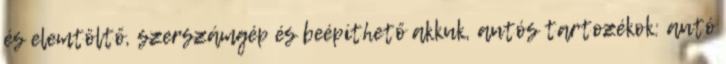
és elemtöltő, szerszámgép és beépíthető akkuk, autós tartozékok: autó